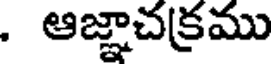
. ఆజ్ఞాచక్రము